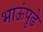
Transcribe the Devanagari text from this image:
भाऊंपुढे